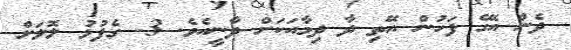
ދެން އޭގެ ފަހުން އޭތި ދާ ދިމާއަކަށް ދާނީއެވެ. 3- ގެފުޅު ލޮލަށް